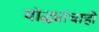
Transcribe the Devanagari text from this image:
योद्ध्यांचाही